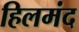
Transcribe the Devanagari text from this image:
हिलमंद